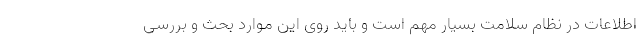
اطلاعات در نظام سلامت بسیار مهم است و باید روی این موارد بحث و بررسی